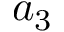
a _ { 3 }